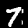
Label: 7